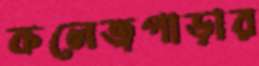
কলেজপাড়ার